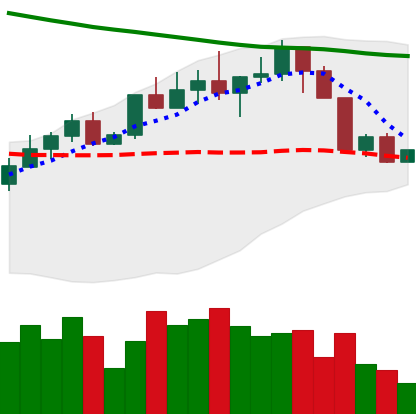
Ticker: LINK-USD
Chart end date: 2022-04-09
Forward return: -11.58%
Label: down_7plus